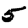
Digit: 5